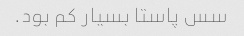
سس پاستا بسیار کم بود.